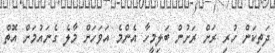
ދަތިކަން ހުރި ރަށް ރަށުން ބަލިމީހާ އެންމެ އަވަހަށް މާލެ ގެނައުމަށް އޮތް